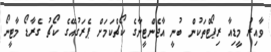
ވާއިރު މީޑިއާ ރިޕޯޓްތަކުން ބުނީ އާޖެންޓީނާގެ ކޯޗްކަމަށް ޕެރަގުއޭގެ ކޯޗު ގެރާޑޯ މާޓީނޯ